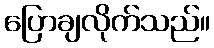
ပြောချလိုက်သည်။